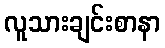
လူသားချင်းစာနာ